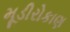
મૂડીરોકાણ